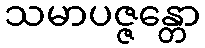
သမာပဇ္ဇန္တော